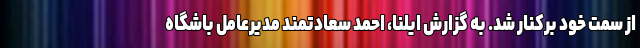
از سمت خود برکنار شد. به گزارش ایلنا، احمد سعادتمند مدیرعامل باشگاه